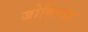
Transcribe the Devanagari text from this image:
जोबिस्ता